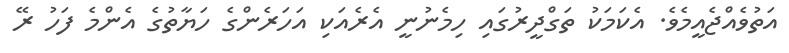
އަތުވެއްޖެއީމެވެ. އެކަމަކު ތަގްދީރުގައި ހިމެނުނީ އެރެއަކި އަހަރެންގެ ހަޔާތުގެ އެންމެ ފަހު ރޭ